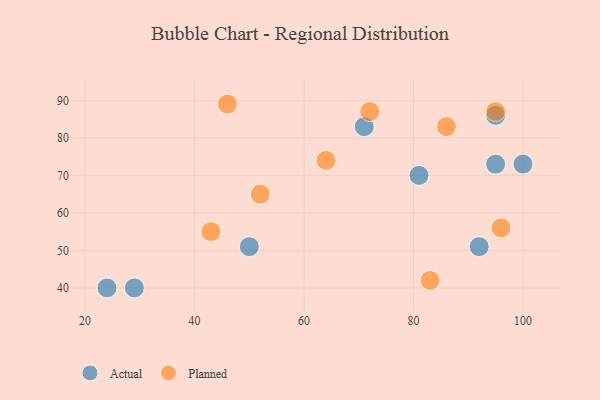
{"axis": {"x": "GDP", "y": "Life Expectancy"}, "legend": ["Actual", "Planned"], "data": [{"x": "71", "y": 83, "type": "Actual"}, {"x": "24", "y": 40, "type": "Actual"}, {"x": "95", "y": 73, "type": "Actual"}, {"x": "81", "y": 70, "type": "Actual"}, {"x": "50", "y": 51, "type": "Actual"}, {"x": "95", "y": 86, "type": "Actual"}, {"x": "92", "y": 51, "type": "Actual"}, {"x": "100", "y": 73, "type": "Actual"}, {"x": "29", "y": 40, "type": "Actual"}, {"x": "86", "y": 83, "type": "Planned"}, {"x": "64", "y": 74, "type": "Planned"}, {"x": "83", "y": 42, "type": "Planned"}, {"x": "72", "y": 87, "type": "Planned"}, {"x": "52", "y": 65, "type": "Planned"}, {"x": "96", "y": 56, "type": "Planned"}, {"x": "95", "y": 87, "type": "Planned"}, {"x": "43", "y": 55, "type": "Planned"}, {"x": "46", "y": 89, "type": "Planned"}]}